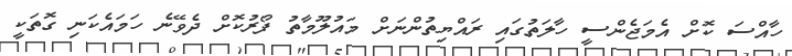
ހާއްސަ ކޮށް އެމަޖެންސީ ހާލަތުގައި ރައްޔިތުންނަށް މައުލޫމާތު ފޯރުކޮށް ދެވޭނެ ހަމައެކަނި ގޮތަކީ